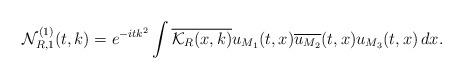
LaTeX: \begin{align*}\mathcal{N}^{(1)}_{R,1}(t,k) & = e^{-itk^2} \int\overline{\mathcal{K}_{R}(x,k)} u_{M_1}(t,x) \overline{u_{M_2}}(t,x) u_{M_3}(t,x)\,dx.\end{align*}